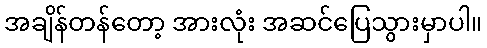
အချိန်တန်တော့ အားလုံး အဆင်ပြေသွားမှာပါ။